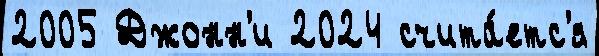
2005 Джонн'и 2024 счита́етс'я